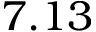
7 . 1 3